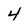
Character: 4